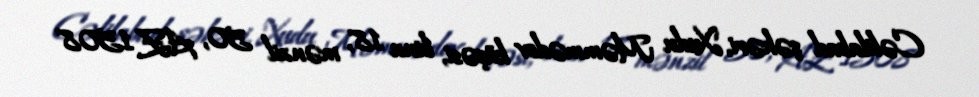
Cəlilabad şəhəri, Xudu Məmmədov küçəsi, bina 18, mənzil 50, AZ 1508